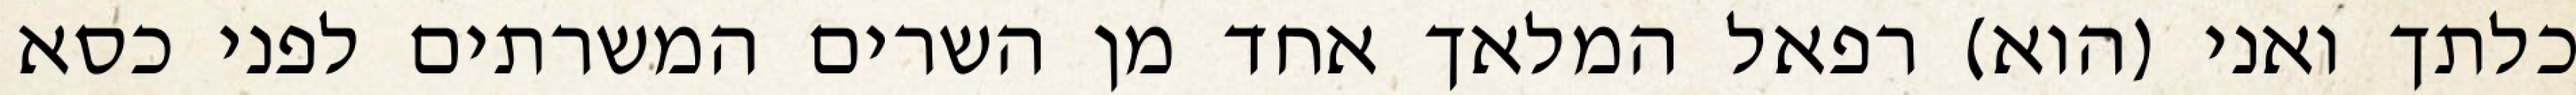
כלתך ואני (הוא) רפאל המלאך אחד מן השרים המשרתים לפני כסא